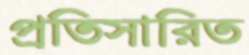
প্রতিসারিত